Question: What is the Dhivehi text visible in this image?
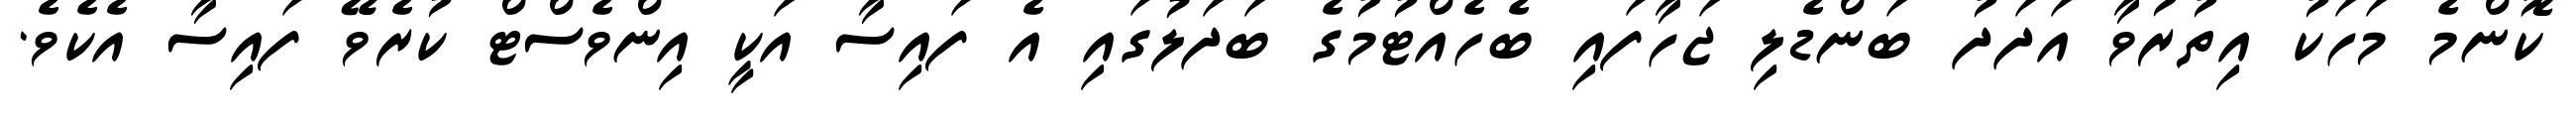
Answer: ކޮންމެ މަހަކު އިތުރުވާ އަދަދު ބަންޑެލި ޖަހާފައި ބެހެއްޓުމުގެ ބަދަލުގައި އެ ފައިސާ އަކީ އިންވެސްޓް ކުރެވޭ ފައިސާ އެކެވެ.